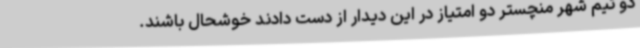
دو تیم شهر منچستر دو امتیاز در این دیدار از دست دادند خوشحال باشند.